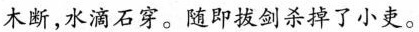
木断，水滴石穿。随即拔剑杀掉了小吏。